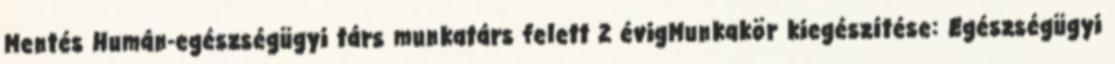
Mentés Humán-egészségügyi társ munkatárs felett 2 évigMunkakör kiegészítése: Egészségügyi